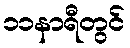
၁၁နာရီတွင်